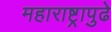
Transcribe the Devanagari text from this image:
महाराष्ट्रापुढे